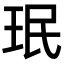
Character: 珉